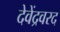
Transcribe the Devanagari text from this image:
देवेंद्रवरद